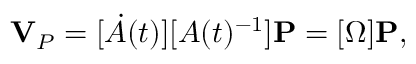
\mathbf { V } _ { P } = [ { \dot { A } } ( t ) ] [ A ( t ) ^ { - 1 } ] \mathbf { P } = [ \Omega ] \mathbf { P } ,